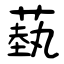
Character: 蓺